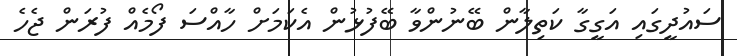
ސައުދީގައި އަގީގާ ކަތިލާން ބޭނުންވާ ބޭފުޅުން އެކަމަށް ހާއްސަ ފޯމެއް ފުރަން ޖެހެ